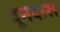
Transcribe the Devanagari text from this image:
दूनदास